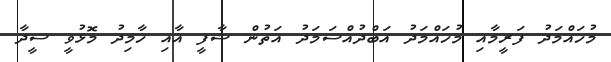
މުހައްމަދު ފަރީމާއި މުހައްމަދު އަބްދުއްސަމަދު އަތުން ޝާފީ އާއި ހާމިދު މޮޅުވީ ސީދާ